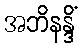
အဘိနန္ဒိံ